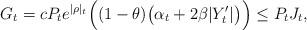
LaTeX: \begin{align*}G_t = cP_te^{|{\rho}|_t} \Big( (1-\theta)\big(\alpha_t + 2\beta |Y^\prime_t| \big) \Big) \leq P_tJ_t, \end{align*}